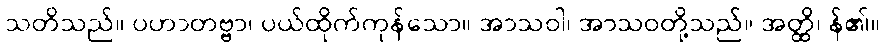
သတိသည်။ ပဟာတဗ္ဗာ၊ ပယ်ထိုက်ကုန်သော။ အာသဝါ၊ အာသဝတို့သည်။ အတ္ထိ၊ န်၏။